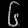
Digit: ၆